Scottish Leaving Certificate Examination, 1952
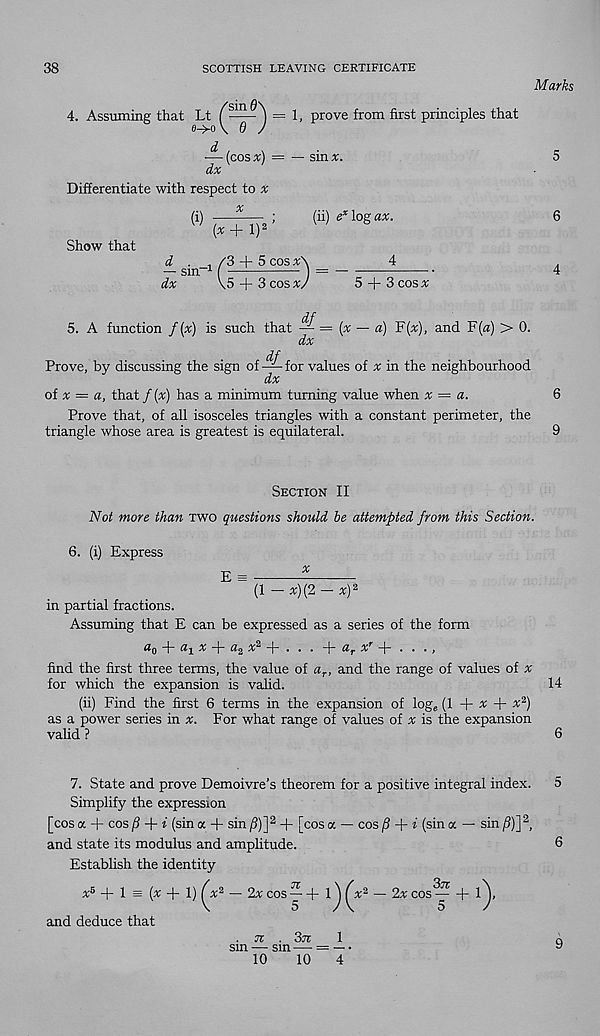
38
SCOTTISH LEAVING CERTIFICATE
Marks
4. Assuming that Lt
= 1, prove from first principles that
0->o\ 0 J
— (cosx) = — sin*.
5
dx
Differentiate with respect to *
(i)
— ;
(ii) e x \ogax.
6
(* + l) 2
Show that
^
, /3 + 5 cos *\
4
.
— sm- 1 ( — 1
)
4
dx
\5 + 3 cos */
5 + 3 cos *
5. A function /(*) is such that —=(* — «) F(*), and F(«) > 0.
dx
Prove, by discussing the sign of— for values of * in the neighbourhood
dx
of * = a, that / (*) has a minimum turning value when * = a.
6
Prove that, of all isosceles triangles with a constant perimeter, the
triangle whose area is greatest is equilateral.
9
Section II
'Not more, than two questions should be attempted from this Section.
6. (i) Express
(1 — x)(2 — x) 2
in partial fractions.
Assuming that E can be expressed as a series of the form
a Q + a x x + a 2 x 2 + . . . + a r x r + . . .,
find the first three terms, the value of a r , and the range of values of *
for which the expansion is vahd.
14
(ii) Find the first 6 terms in the expansion of log e (1 + * + x 2 )
as a power series in *. For what range of values of * is the expansion
valid ?
6
7. State and prove Demoivre’s theorem for a positive integral index.
Simplify the expression
[cos a + cos /? + f (sin a + sin /?)] 2 + [cos a — cos f + i (sin a — sin /?)] 2 ,
and state its modulus and amplitude.
Establish the identity
* 5 + 1
and deduce that
(* + 1) (x 2 - 2x cos
71
')(?
o
i 1
2* cos
b 1
5
>
. n .
1
sm — sm — = — •
10
10
4
5
6
9